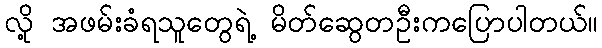
လို့ အဖမ်းခံရသူတွေရဲ့ မိတ်ဆွေတဦးကပြောပါတယ်။